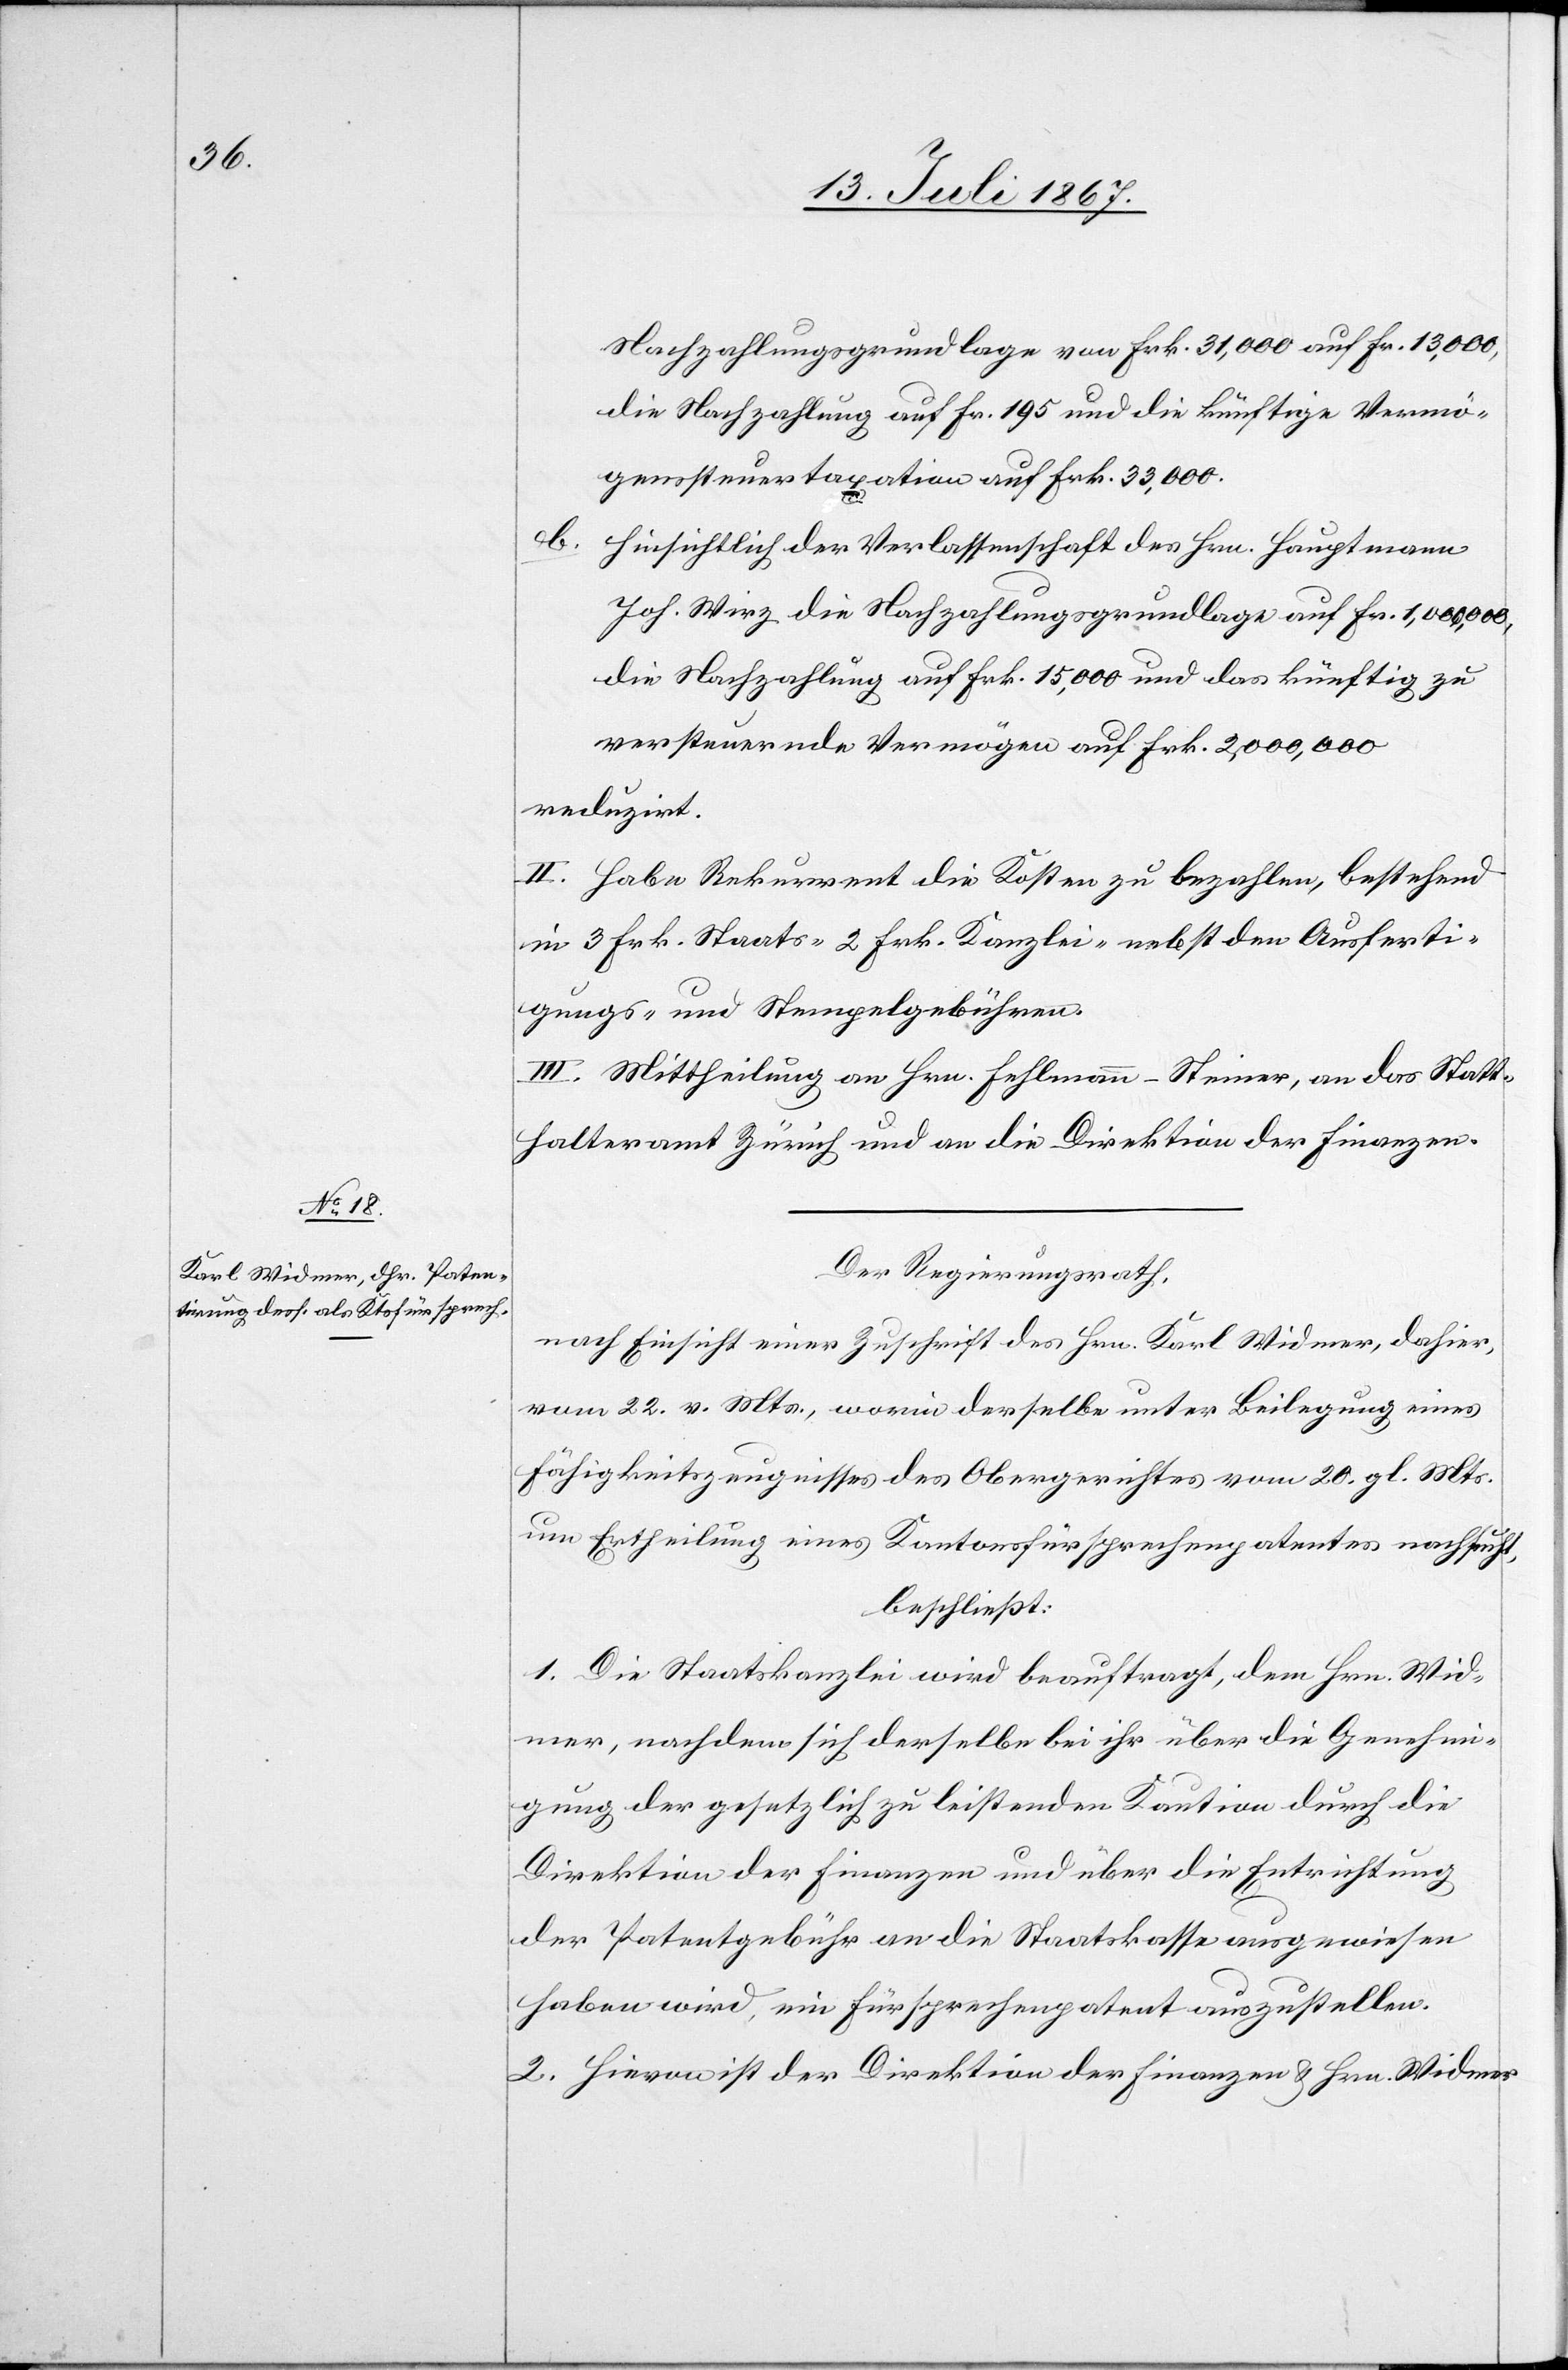
Nachzahlungsgrundlage von Frk. 31 000 auf Frk. 13 000,
die Nachzahlung auf Frk. 195 und die künftige Vermö¬
genssteuertaxation auf Frk. 33 000.
b.
Hinsichtlich der Verlassenschaft des Hrn. Hauptmann
Joh. Wirz die Nachzahlungsgrundlage auf Fr. 1 000 000,
die Nachzahlung auf Frk. 15 000 und das künftig zu
versteuernde Vermögen auf Frk. 2 000 000
reduzirt.
II. Habe Rekurrent die Kosten zu bezahlen, bestehend
in 3 Frk. Staats-[,] 2 Frk. Kanzlei- nebst den Ausferti¬
gungs- und Stempelgebühren.
III. Mittheilung an Hrn. Fellmann-Steiner, an das Statt¬
halteramt Zürich und an die Direktion der Finanzen.
Der Regierungsrath,
vom 22. v. Mts., worin derselbe unter Beilegung eines
Fähigkeitszeugnisses des Obergerichtes vom 20. gl. Mts.
um Ertheilung eines Kantonsfürsprechenpatentes nachsucht,
beschließt:
1. Die Staatskanzlei wird beauftragt, dem Hrn. Wid¬
mer, nachdem sich derselbe bei ihr über die Genehmi¬
gung der gesetzlich zu leistenden Kaution durch die
Direktion der Finanzen und über die Entrichtung
der Patentgebühr an die Staatskasse ausgewiesen
haben wird, ein Fürsprechenpatent auszustellen.
2. Hievon ist der Direktion der Finanzen u. Hrn. Widmer